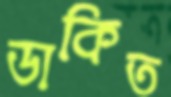
ডাকিত